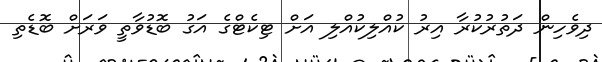
ދިވެހިން ދަތުރުކުރާ އިރު ކުއްލިކުއްލި އަށް ޓިކެޓްގެ އަގު ބޮޑުވާތީ ވަރަށް ބޮޑެތި